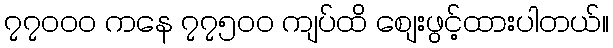
၇၇၀၀၀ ကနေ ၇၇၅၀၀ ကျပ်ထိ စျေးဖွင့်ထားပါတယ်။